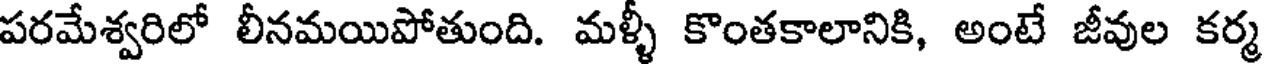
పరమేశ్వరిలో లీనమయిపోతుంది. మళ్ళీ కొంతకాలానికి, అంటే జీవుల కర్మ